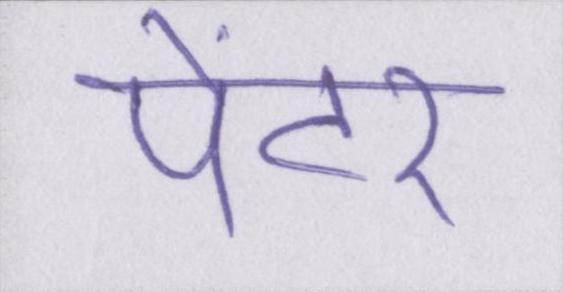
पेंटर